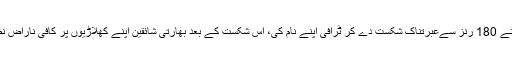
بھارتی ٹیم جواب میں زیاد متاثر کن بیٹنگ نہ کرسکی اور اُسے پاکستان نے 180 رنز سےعبرتناک شکست دے کر ٹرافی اپنے نام کی، اس شکست کے بعد بھارتی شائقین اپنے کھلاڑیوں پر کافی ناراض نظر آئے اور انہوں نے اپنے ہی سپر اسٹارز کی تصاویر نذر آتش کر ڈالی۔